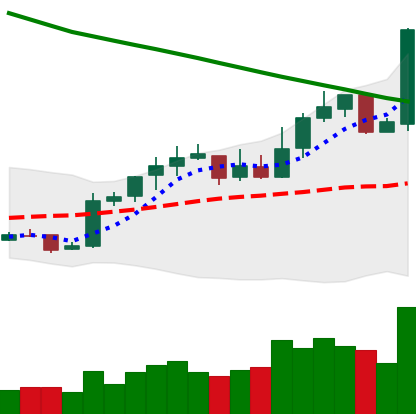
Ticker: NEO-USD
Chart end date: 2019-02-23
Forward return: -12.2%
Label: down_7plus